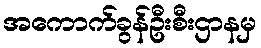
အကောက်ခွန်ဦးစီးဌာနမှ